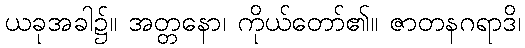
ယခုအခါ၌။ အတ္တနော၊ ကိုယ်တော်၏။ ဇာတနဂရာဒိ၊